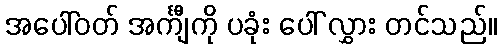
အပေါ်ဝတ် အင်္ကျီကို ပခုံး ပေါ် လွှား တင်သည်။